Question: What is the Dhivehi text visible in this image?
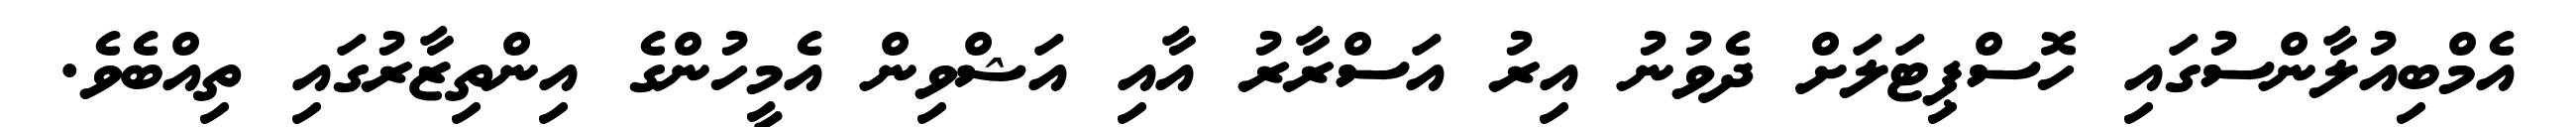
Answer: އެމްބިއުލާންސުގައި ހޮސްޕިޓަލަށް ދެވުނު އިރު އަސްރާރު އާއި އަޝްވިން އެމީހުންގެ އިންތިޒާރުގައި ތިއްބެވެ.